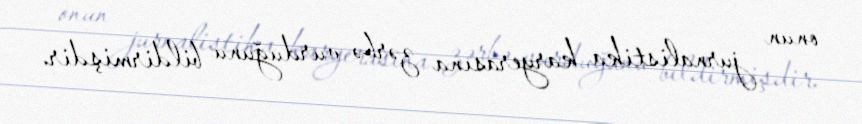
onun jurnalistika karyerasına zərbə vurduğunu bildirmişdir.